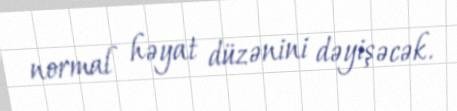
normal həyat düzənini dəyişəcək.